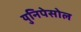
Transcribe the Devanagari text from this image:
युनिपेसोल